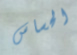
الحساس